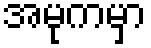
အမုကမှာ